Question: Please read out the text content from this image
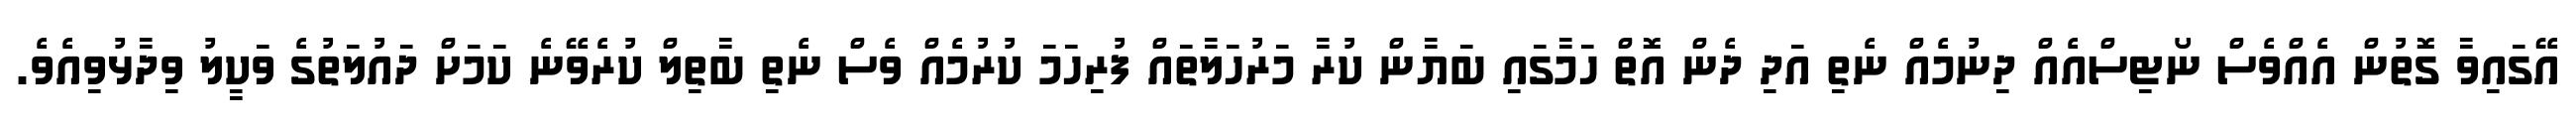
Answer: އޭގައިވާ ގޮތުން އެއްވެސް ނޯޓިސްއެއް ދިނުމެއް ނެތި އަދި ދެން އޮތް ހަމާގައި ބަޔާން ކުރާ މަރުހަލާތައް ފުރިހަމަ ކުރުމެއް ވެސް ނެތި ބާތިލް ކުރެވޭނެ ކަމަށް ދައުލަތުގެ ވަކީލު ވިދާޅުވިއެވެ.